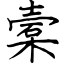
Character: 槖